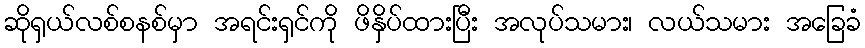
ဆိုရှယ်လစ်စနစ်မှာ အရင်းရှင်ကို ဖိနှိပ်ထားပြီး အလုပ်သမား၊ လယ်သမား အခြေခံ